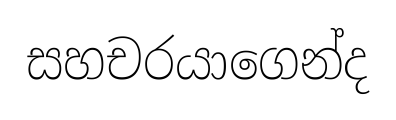
සහචරයාගෙන්ද